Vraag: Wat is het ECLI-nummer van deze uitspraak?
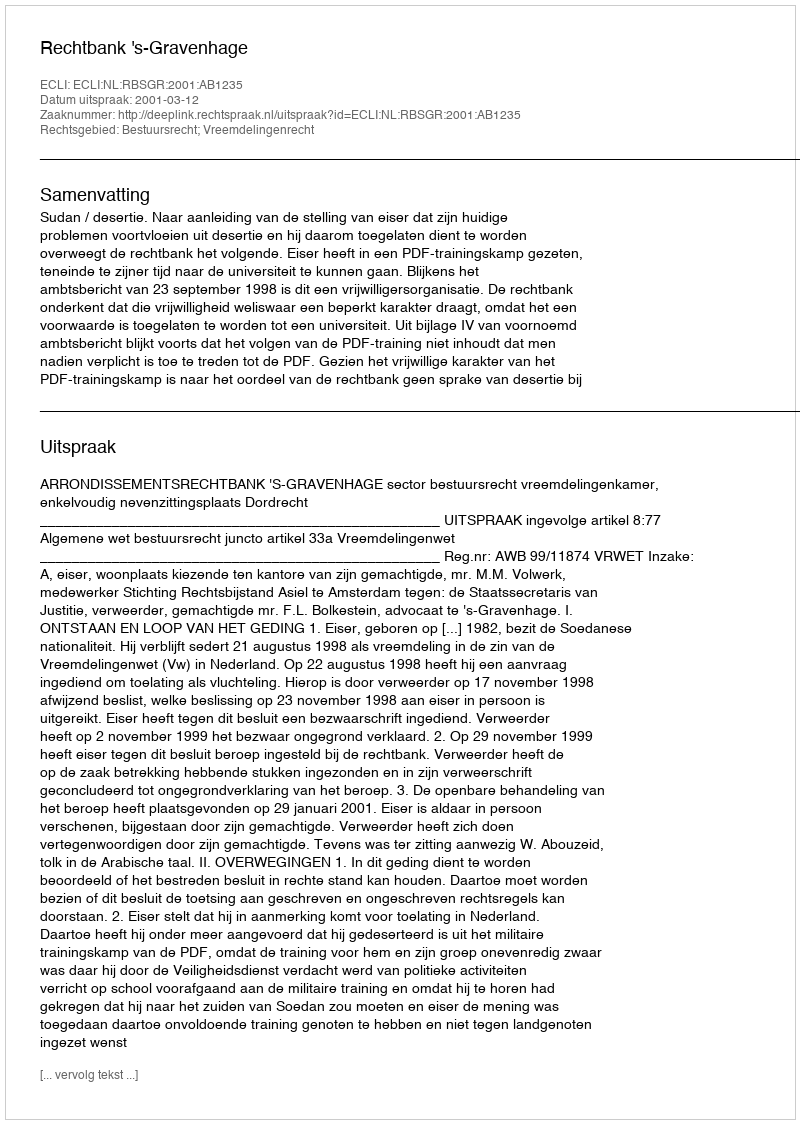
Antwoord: ECLI:NL:RBSGR:2001:AB1235